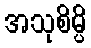
အသုစိမ္ပိ